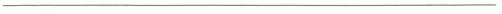
___________________________